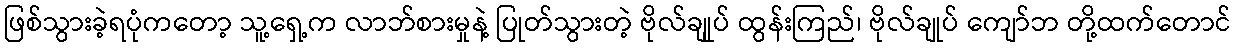
ဖြစ်သွားခဲ့ရပုံကတော့ သူ့ရှေ့က လာဘ်စားမှုနဲ့ ပြုတ်သွားတဲ့ ဗိုလ်ချုုပ် ထွန်းကြည်၊ ဗိုလ်ချုပ် ကျော်ဘ တို့ထက်တောင်